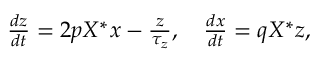
\begin{array} { r } { \frac { d z } { d t } = 2 p X ^ { * } x - \frac { z } { \tau _ { z } } , ~ ~ ~ \frac { d x } { d t } = q X ^ { * } z , } \end{array}